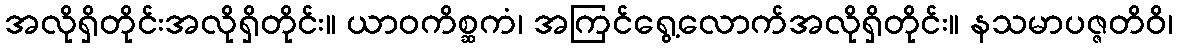
အလိုရှိတိုင်းအလိုရှိတိုင်း။ ယာဝကိစ္ဆကံ၊ အကြင်ရွေ့လောက်အလိုရှိတိုင်း။ နသမာပဇ္ဇတိဝိ၊